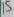
Text: 15